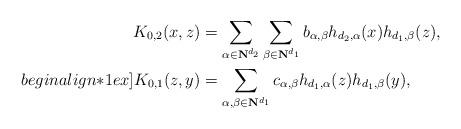
LaTeX: \begin{align*}\begin{aligned}K_{0,2}(x,z) &= \sum _{\alpha \in \mathbf N^{d_2}}\sum _{\beta \in \mathbf N^{d_1}}b_{\alpha ,\beta}h_{d_2,\alpha}(x)h_{d_1,\beta}(z),\\begin{align*}1ex]K_{0,1}(z,y) &= \sum _{\alpha ,\beta \in \mathbf N^{d_1}}c_{\alpha ,\beta }h_{d_1,\alpha}(z)h_{d_1,\beta}(y),\end{aligned}\end{align*}